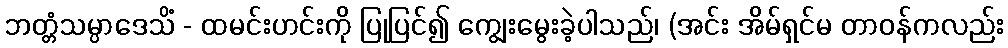
ဘတ္တံသမ္ပာဒေသိံ - ထမင်းဟင်းကို ပြုပြင်၍ ကျွေးမွေးခဲ့ပါသည်၊ (အင်း အိမ်ရှင်မ တာဝန်ကလည်း